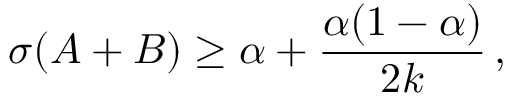
\sigma ( A + B ) \geq \alpha + { \frac { \alpha ( 1 - \alpha ) } { 2 k } } \, ,